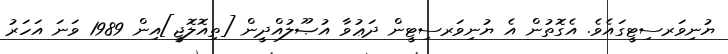
ޔުނިވަރސިޓީގައެވެ. އެގޮތުން އެ ޔުނިވަރސިޓީން ދަޢުވާ އުޞޫލުއްދީން [ތިއޮލޮޖީ]އިން 1989 ވަނަ އަހަރު